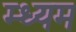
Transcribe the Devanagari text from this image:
म्ध्यम